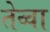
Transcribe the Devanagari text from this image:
तेव्वा